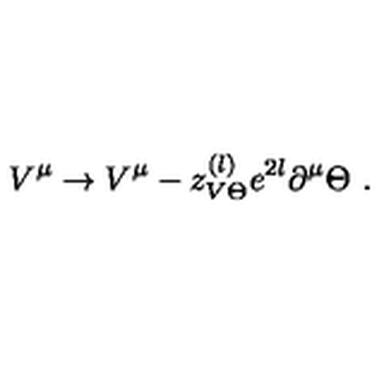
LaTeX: V ^ { \mu } \to V ^ { \mu } - z _ { V \Theta } ^ { ( l ) } e ^ { 2 l } \partial ^ { \mu } \Theta \ .